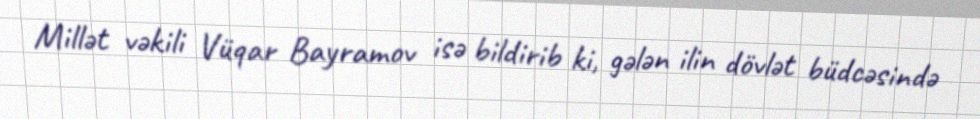
Millət vəkili Vüqar Bayramov isə bildirib ki, gələn ilin dövlət büdcəsində